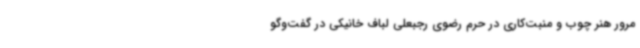
مرور هنر چوب و منبت‌کاری در حرم رضوی رجبعلی لباف خانیکی در گفت‌وگو